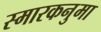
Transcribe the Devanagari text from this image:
स्मारकनुमा